Civil Veterinary Department ledger series I-VI
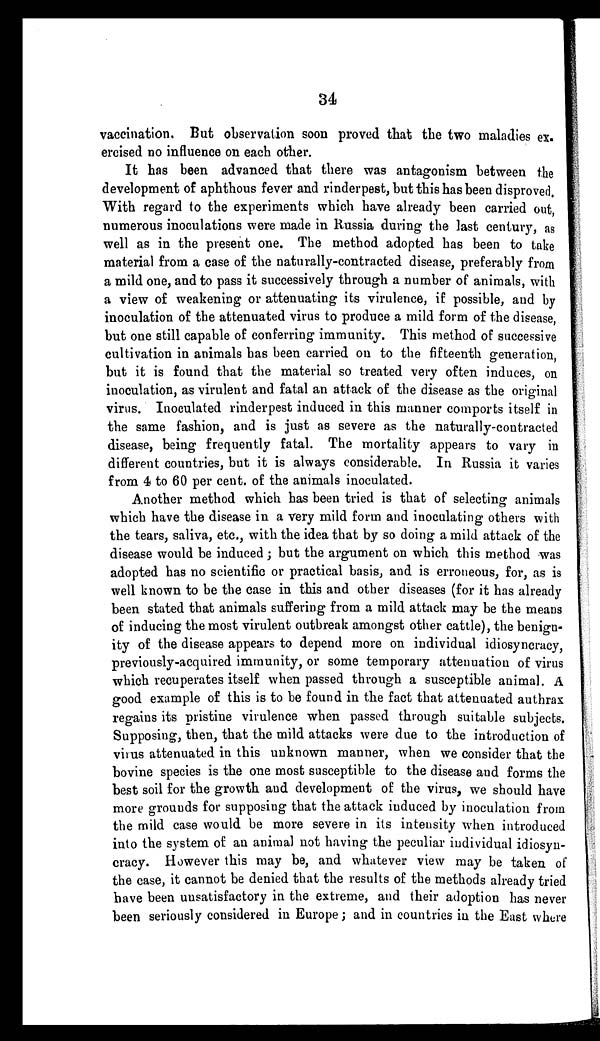
34
vaccination. But observation soon proved that the two maladies ex.
ercised no influence on each other.
It has been advanced that there was antagonism between the
development of aphthous fever and rinderpest, but this has been disproved.
With regard to the experiments which have already been carried out,
numerous inoculations were made in Russia during the last century, as
well as in the present one. The method adopted has been to take
material from a case of the naturally-contracted disease, preferably from
a mild one, and to pass it successively through a number of animals, with
a view of weakening or attenuating its virulence, if possible, and by
inoculation of the attenuated virus to produce a mild form of the disease,
but one still capable of conferring immunity. This method of successive
cultivation in animals has been carried on to the fifteenth generation,
but it is found that the material so treated very often induces, on
inoculation, as virulent and fatal an attack of the disease as the original
virus. Inoculated rinderpest induced in this manner comports itself in
the same fashion, and is just as severe as the naturally-contracted
disease, being frequently fatal. The mortality appears to vary in
different countries, but it is always considerable. In Russia it varies
from 4 to 60 per cent. of the animals inoculated.
Another method which has been tried is that of selecting animals
which have the disease in a very mild form and inoculating others with
the tears, saliva, etc., with the idea that by so doing a mild attack of the
disease would be induced; but the argument on which this method was
adopted has no scientific or practical basis, and is erroneous, for, as is
well known to be the case in this and other diseases (for it has already
been stated that animals suffering from a mild attack may be the means
of inducing the most virulent outbreak amongst other cattle), the benign-
ity of the disease appears to depend more on individual idiosyncracy,
previously-acquired immunity, or some temporary attenuation of virus
which recuperates itself when passed through a susceptible animal. A
good example of this is to be found in the fact that attenuated authrax
regains its pristine virulence when passed through suitable subjects.
Supposing, then, that the mild attacks were due to the introduction of
virus attenuated in this unknown manner, when we consider that the
bovine species is the one most susceptible to the disease and forms the
best soil for the growth and development of the virus, we should have
more grounds for supposing that the attack induced by inoculation from
the mild case would be more severe in its intensity when introduced
into the system of an animal not having the peculiar individual idiosyn-
cracy. However this may be, and whatever view may be taken of
the case, it cannot be denied that the results of the methods already tried
have been unsatisfactory in the extreme, and their adoption has never
been seriously considered in Europe; and in countries in the East where